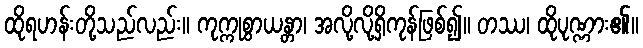
ထိုရဟန်းတို့သည်လည်း။ ကုက္ကုစွာယန္တာ၊ အလို့လို့ရှိကုန်ဖြစ်၍။ တဿ၊ ထိုပုဏ္ဏား၏။